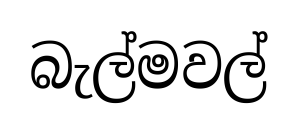
බැල්මවල්